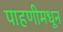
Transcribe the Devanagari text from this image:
पाहणीमधून